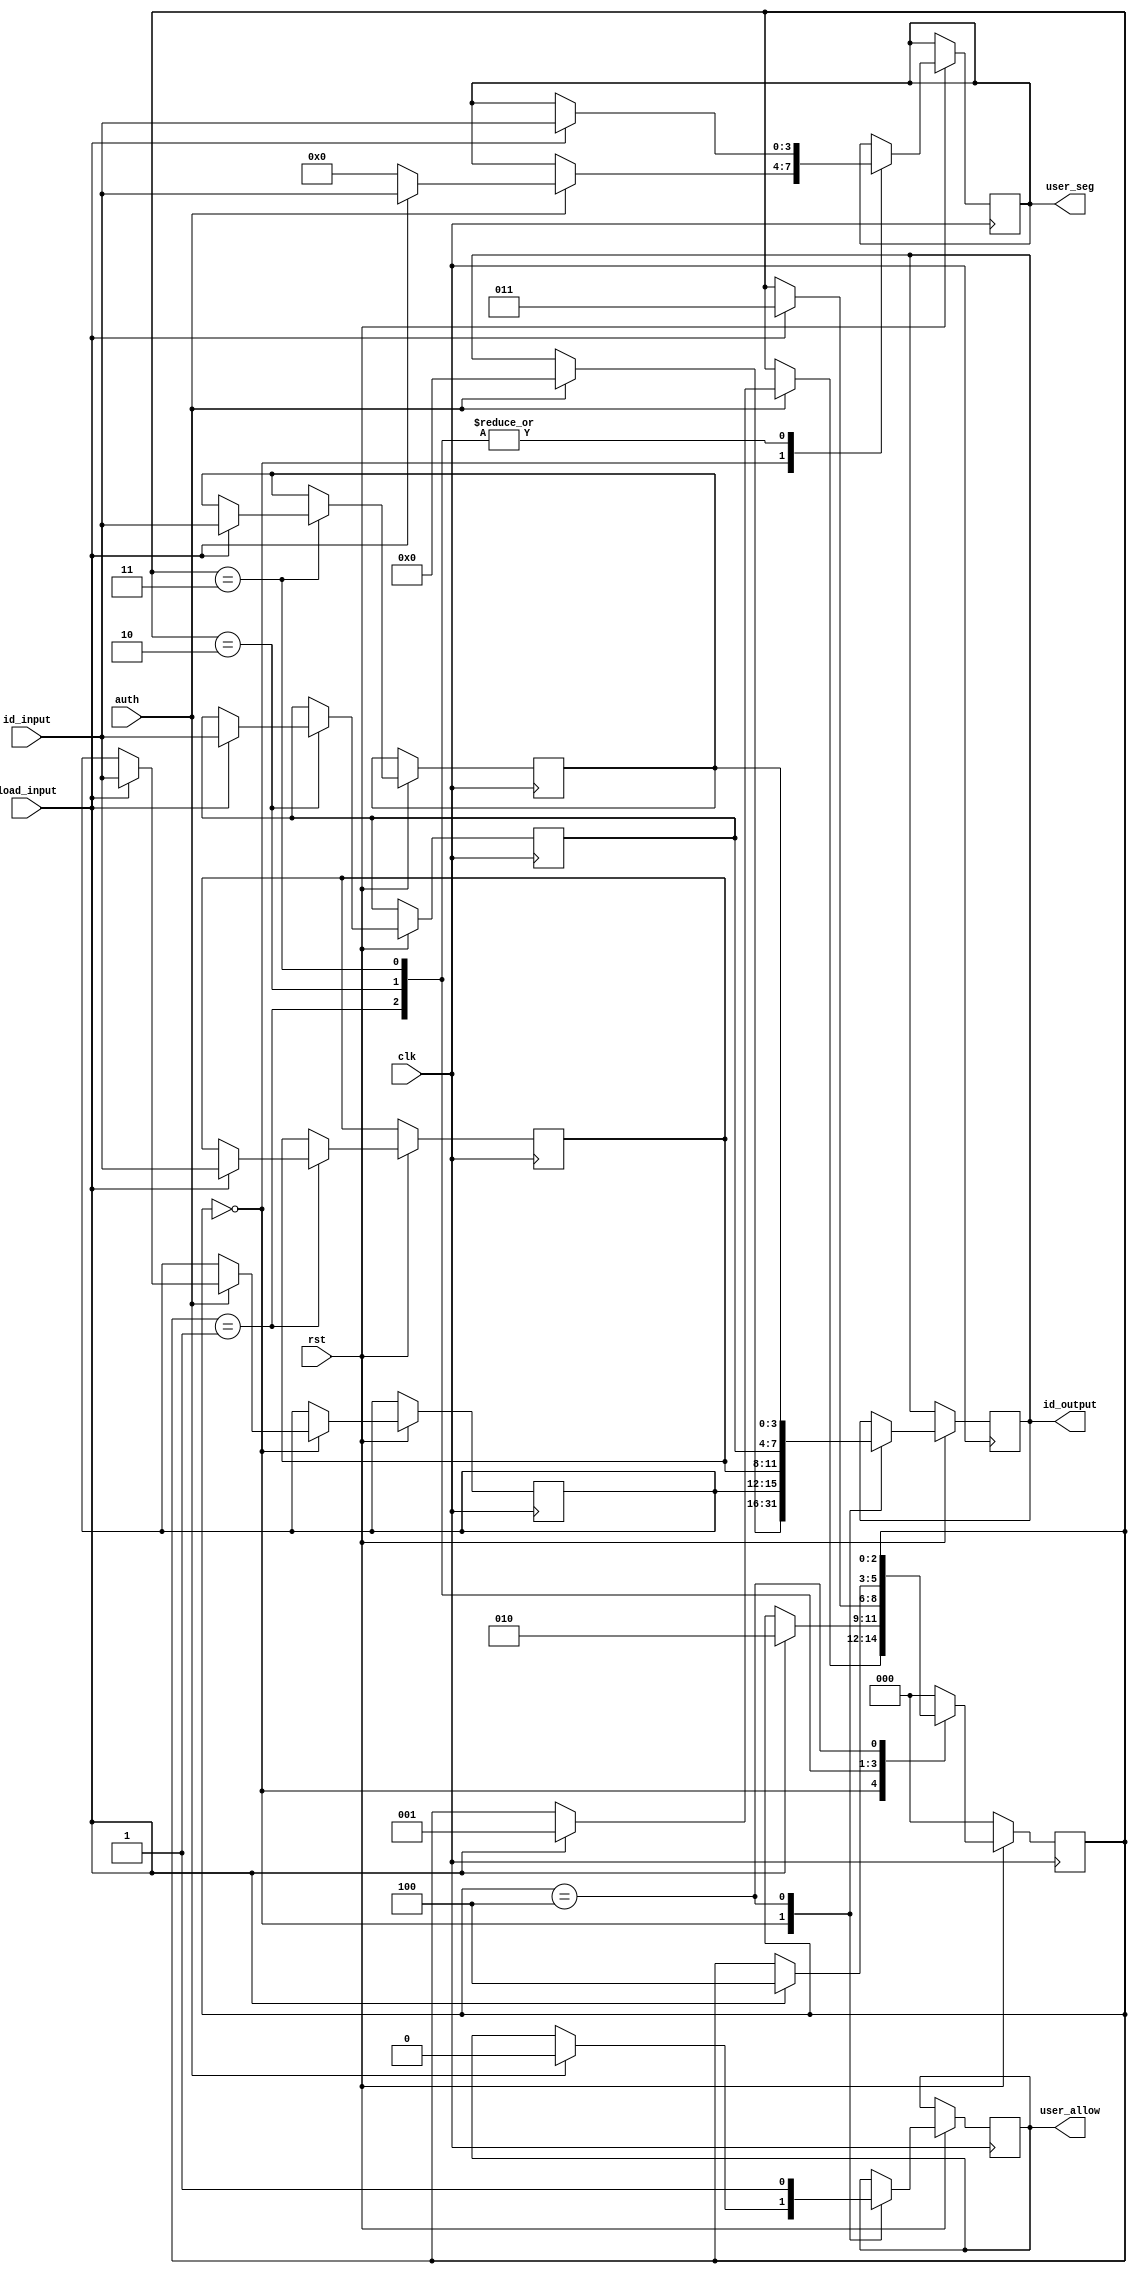
module user_id(clk, rst,auth, load_input, id_input, id_output, user_allow, user_seg);

input clk, rst;
input load_input;
input auth;
input [3:0] id_input;


output [3:0] user_seg;
output [15:0] id_output;
output user_allow;
reg [15:0] id_output;
reg pass_user;
reg [3:0] user_seg;
reg user_allow;


reg	[3:0] A,B,C,D;

parameter INIT=0;
parameter NEXT=1;
parameter NEXT1=2;
parameter NEXT2=3;
parameter CONCAT=4;

reg [2:0] state; 

always@(posedge clk)
begin
	if (rst==0)
		begin
			state<=INIT;
		end
	
	else
		begin
			case(state)
				
				INIT: 
					begin
						if(auth==1'b1)
							begin
						user_allow<=1'b0;
						id_output<=16'b0000000000000000;
						user_seg<=4'b0000;
						if (load_input==1)
							begin
								A<=id_input;
								user_seg<=id_input;
								state<=NEXT;
							end
							end
					end
					
				NEXT:
					begin
						if (load_input==1)
							begin
								B<=id_input;
								user_seg<=id_input;
								state<=NEXT1;
							end
					end
				
				NEXT1:
					begin
						if(load_input==1)
							begin
								C<=id_input;
								user_seg<=id_input;
								state<=NEXT2;
							end
					end
					
				NEXT2:
					begin
						if(load_input==1)
							begin
								D<=id_input;
								user_seg<=id_input;
								state<=CONCAT;
							end
					end
				
				CONCAT:
					begin
						user_allow<=1'b1;
						id_output<={A,B,C,D};
						state<=state;
					end
				
				default:
					begin
						state<=INIT;
					end
			endcase					
end
end
endmodule